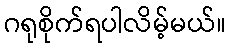
ဂရုစိုက်ရပါလိမ့်မယ်။